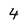
Character: 4